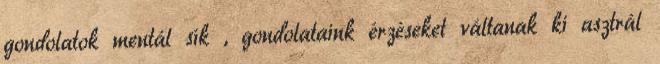
gondolatok mentál sík , gondolataink érzéseket váltanak ki asztrál